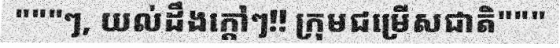
"""ៗ, យល់ដឹងក្តៅៗ!! ក្រុមជម្រើសជាតិ"""